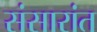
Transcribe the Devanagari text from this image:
संसारांत